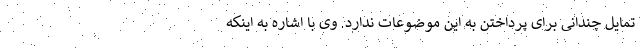
تمایل چندانی برای پرداختن به این موضوعات ندارد. وی با اشاره به اینکه